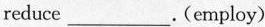
reduce___.(employ)